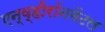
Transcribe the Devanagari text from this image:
एन्व्हीरॉनमेंटल